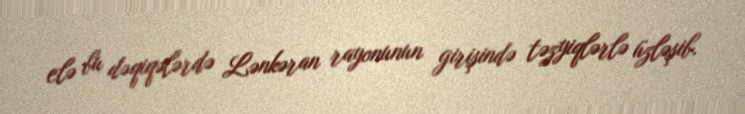
elə bu dəqiqələrdə Lənkəran rayonunun girişində təzyiqlərlə üzləşib.